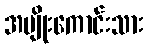
အမျိုးကောင်းသား